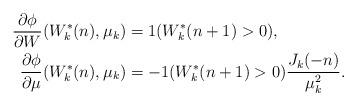
LaTeX: \begin{align*} \frac{\partial\phi}{\partial W}(W^*_{k}(n),\mu_k)&=1(W^*_{k}(n+1)>0),\\\frac{\partial \phi}{\partial \mu}(W^*_{k}(n),\mu_k)&=-1(W^*_{k}(n+1)>0)\frac{J_{k}(-n)}{\mu_k^2}.\end{align*}